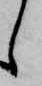
し